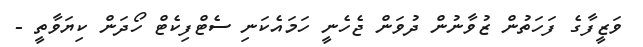
ވަޒީފާގެ ފަހަތުން ޒުވާނުން ދުވަން ޖެހެނީ ހަމައެކަނި ސެޓްފިކެޓް ހޯދަން ކިޔަވާތީ -